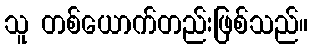
သူ တစ်ယောက်တည်းဖြစ်သည်။